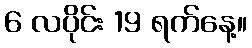
6 လပိုင်း 19 ရက်နေ့။